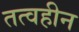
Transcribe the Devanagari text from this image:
तत्वहीन